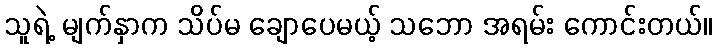
သူရဲ့ မျက်နှာက သိပ်မ ချောပေမယ့် သဘော အရမ်း ကောင်းတယ်။